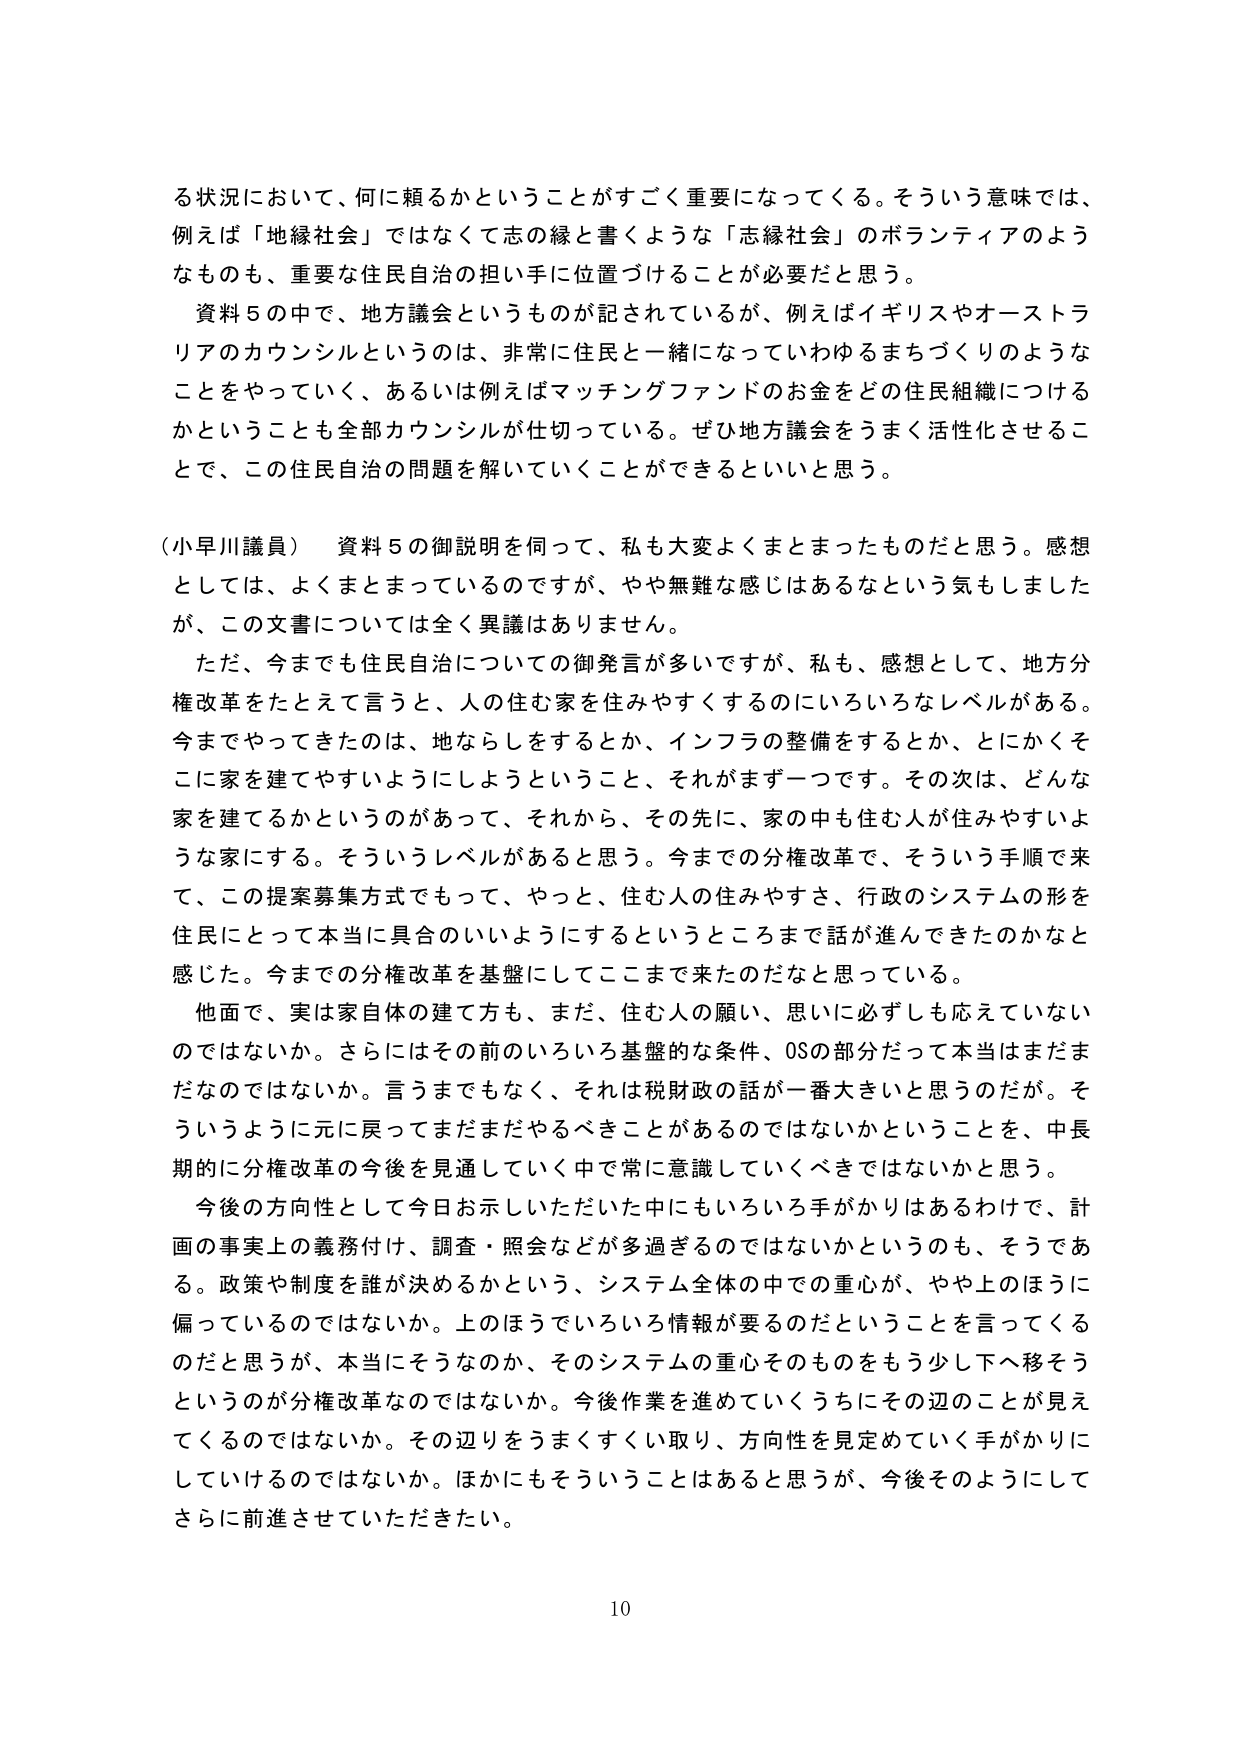
る状況において、何に頼るかということがすごく重要になってくる。そういう意味では、例えば「地縁社会」ではなくて志の縁と書くような「志縁社会」のボランティアのようなものも、重要な住民自治の担い手に位置づけることが必要だと思う。

資料５の中で、地方議会というものが記されているが、例えばイギリスやオーストラリアのカウンシルというのは、非常に住民と一緒になっていわゆるまちづくりのようなことをやっていく、あるいは例えばマッチングファンドのお金をどの住民組織につけるかということも全部カウンシルが仕切っている。ぜひ地方議会をうまく活性化させることで、この住民自治の問題を解いていくことができるといいと思う。

（小早川議員） 資料５の御説明を伺って、私も大変よくまとまったものだと思う。感想としては、よくまとまっているのですが、やや無難な感じはあるなという気もしましたが、この文書については全く異議はありません。

ただ、今までも住民自治についての御発言が多いですが、私も、感想として、地方分権改革をたとえて言うと、人の住む家を住みやすくするのにいろいろなレベルがある。今までやってきたのは、地ならしをするとか、インフラの整備をするとか、とにかくそこに家を建てやすいようにしようということ、それがまず一つです。その次は、どんな家を建てるかというのがあって、それから、その先に、家の中も住む人が住みやすいような家にする。そういうレベルがあると思う。今までの分権改革で、そういう手順で来て、この提案募集方式でもって、やっと、住む人の住みやすさ、行政のシステムの形を住民にとって本当に具合のいいようにするというところまで話が進んできたのかなと感じた。今までの分権改革を基盤にしてここまで来たのだなと思っている。

他面で、実は家自体の建て方も、まだ、住む人の願い、思いに必ずしも応えていないのではないか。さらにはその前のいろいろ基盤的な条件、OSの部分だって本当はまだまだなのではないか。言うまでもなく、それは税財政の話が一番大きいと思うのだが。そういうように元に戻ってまだまだやるべきことがあるのではないかということを、中長期的に分権改革の今後を見通していく中で常に意識していくべきではないかと思う。

今後の方針性として今日お示しいただいた中にもいろいろ手がかりはあるわけで、計画の事実上の義務付け、調査・照会などが多過ぎるのではないかというのも、そうである。政策や制度を誰が決めるかという、システム全体の中での重心が、やや上のほうに偏っているのではないか。上のほうでいろいろ情報が要るのだということを言ってくるのだと思うが、本当にそうなのか、そのシステムの重心そのものをもう少し下へ移そうというのが分権改革なのではないか。今後作業を進めていくうちにその辺のことが見えてくるのではないか。その辺りをうまくすくい取り、方向性を見定めていく手がかりにしていけるのではないか。ほかにもそういうことはあると思うが、今後そのようにしてさらに前進させていただきたい。

10